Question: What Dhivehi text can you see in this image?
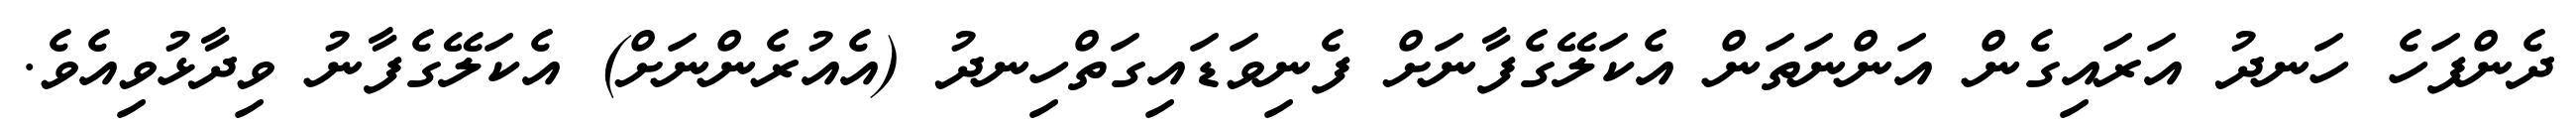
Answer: ދެންފަހެ ހަނދު އަރައިގެން އަންނަތަން އެކަލޭގެފާނަށް ފެނިވަޑައިގަތްހިނދު (އެއުރެންނަށް) އެކަލޭގެފާނު ވިދާޅުވިއެވެ.